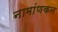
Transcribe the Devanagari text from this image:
नामांणकन